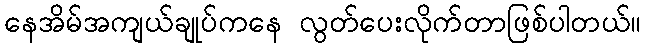
နေအိမ်အကျယ်ချုပ်ကနေ လွတ်ပေးလိုက်တာဖြစ်ပါတယ်။